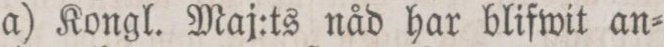
a) Kongl. Maj:ts nåd har blifwit an=